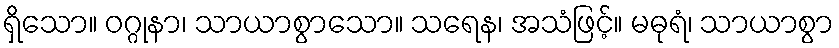
ရှိသော။ ဝဂ္ဂုနာ၊ သာယာစွာသော။ သရေန၊ အသံဖြင့်။ မဓုရံ၊ သာယာစွာ